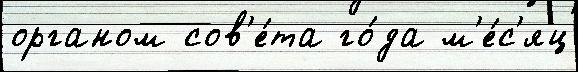
органом сов'е́та го́да м'е́с'яц